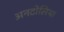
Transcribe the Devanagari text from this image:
अनटोलिया